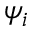
\psi _ { i }